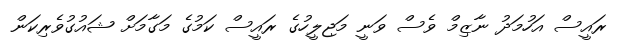
ރައީސް އަހުމަދު ނާޒިމް ވެސް ވަނީ މަޖިލީހުގެ ރައީސް ކަމުގެ މަގާމަށް ޝައުގުވެރިކަން